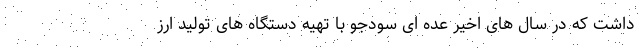
داشت که در سال های اخیر عده ای سودجو با تهیه دستگاه های تولید ارز